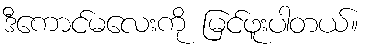
ဒီကောင်မလေးကို မြင်ဖူးပါတယ်။